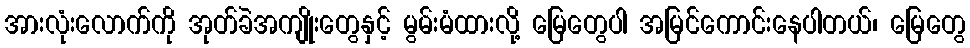
အားလုံးလောက်ကို အုတ်ခဲအကျိုးတွေနှင့် မွမ်းမံထားလို့ မြေတွေပါ အမြင်ကောင်းနေပါတယ်၊ မြေတွေ